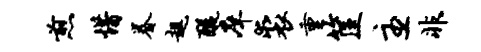
煎惜眷趄醍庠裘重筐主非